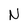
Character: N